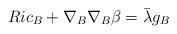
LaTeX: \begin{align*}Ric_{B}+\nabla_{B}\nabla_{B}\beta=\bar{\lambda}g_{B}\end{align*}